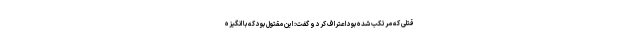
قتلی که مرتکب شده بود اعتراف کرد و گفت: این مقتول بود که با انگیزه